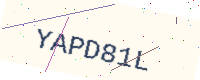
Text: YAPD81L